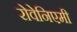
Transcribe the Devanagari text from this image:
रोवेनिएमी